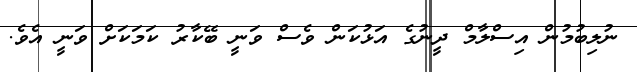
ނުލިބުމުން އިސްލާމް ދީނުގެ އަޅުކަން ވެސް ވަނީ ބޭކާރު ކަމަކަށް ވަނީ އެވެ.